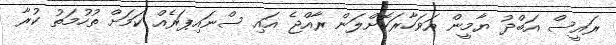
ރައީސް އަބްދު ޔާމީން އަވަހާރަކޮށްލަން ރާއްޖެ އައި ސްނައިޕަރެއް ކަމަށް ތުހުމަތު ކުރާ